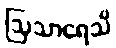
ဩသာရေသိ